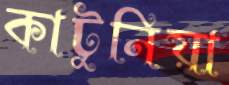
কাটুনিয়া